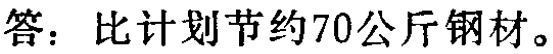
答：比计划节约70公斤钢材。